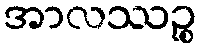
အာလဿဉ္စ